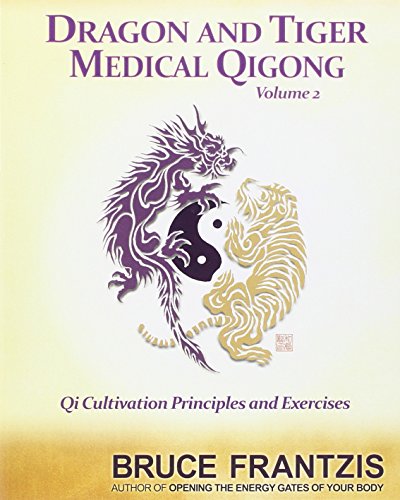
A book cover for Dragon and Tiger Medical Qigong, Volume 2: Qi Cultivation Principles and Exercises; Bruce Frantzis; Health, Fitness & Dieting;